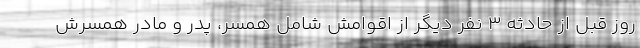
روز قبل از حادثه ۳ نفر دیگر از اقوامش شامل همسر، پدر و مادر همسرش